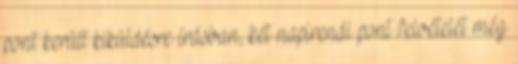
pont került kiküldésre írásban, két napirendi pont felvételét még